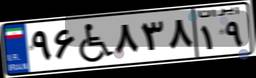
۶۷W۱۴۳۳۹